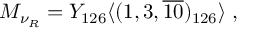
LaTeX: M _ { \nu _ { R } } = Y _ { 1 2 6 } \langle ( 1 , 3 , \overline { { { 1 0 } } } ) _ { 1 2 6 } \rangle \; ,